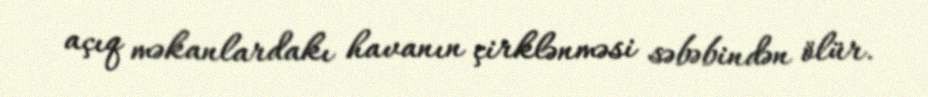
açıq məkanlardakı havanın çirklənməsi səbəbindən ölür.